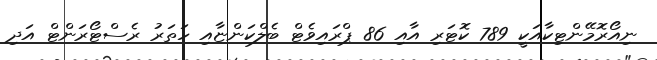
ނިއޯރޮމޭންޓިކާއަކީ 789 ކޮޓަރި އާއި 86 ޕްރައިވެޓް ބެލްކަންޏާއި ހަތަރު ރެސްޓޯރަންޓް އަދި